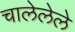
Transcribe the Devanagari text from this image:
चालेलेले